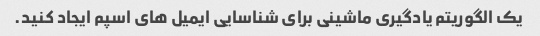
یک الگوریتم یادگیری ماشینی برای شناسایی ایمیل های اسپم ایجاد کنید.